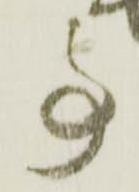
事